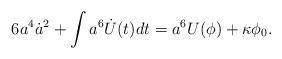
LaTeX: \begin{align*}6 a^4 \dot a^2 + \int a^6 \dot U(t) dt = a^6 U(\phi) + \kappa \phi_0.\end{align*}